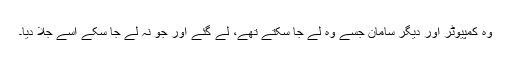
وہ کمپیوٹر اور دیگر سامان جسے وہ لے جا سکتے تھے، لے گئے اور جو نہ لے جا سکے اسے جلا دیا۔